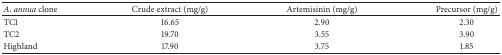
<table><thead><tr><td><b><i>A. annua</i> clone</b></td><td><b>Crude extract (mg/g)</b></td><td><b>Artemisinin (mg/g)</b></td><td><b>Precursor (mg/g)</b></td></tr></thead><tbody><tr><td>TC1</td><td>16.65</td><td>2.90</td><td>2.30</td></tr><tr><td>TC2</td><td>19.70</td><td>3.55</td><td>3.90</td></tr><tr><td>Highland</td><td>17.90</td><td>3.75</td><td>1.85</td></tr></tbody></table>